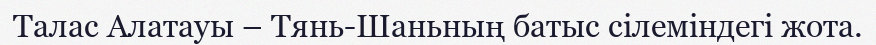
Талас Алатауы – Тянь-Шаньның батыс сілеміндегі жота.